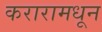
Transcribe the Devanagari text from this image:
करारामधून